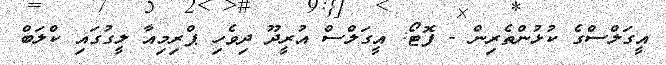
އީގަލްސްގެ ކުޅުންތެރިން - ފޮޓޯ: އީގަލްސް އުރީދޫ ދިވެހި ޕްރިމިއާ ލީގުގައި ކްލަބް